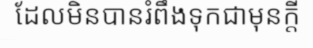
ដែលមិនបានរំពឹងទុកជាមុនក្តី